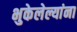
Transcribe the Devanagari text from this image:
भुकेलेल्यांना